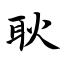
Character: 耿